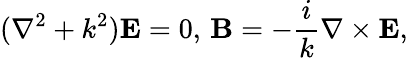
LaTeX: (\nabla^{2}+k^{2})\mathbf{E}=0,\, \mathbf{B}=-{\frac{i}{k}}\nabla\times\mathbf{E},